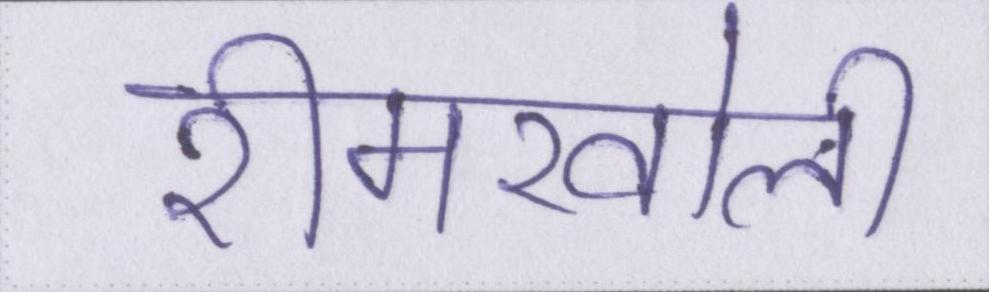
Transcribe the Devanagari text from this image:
रीमखोली